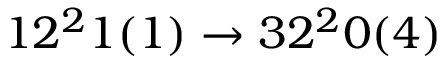
1 2 ^ { 2 } 1 ( 1 ) \rightarrow 3 2 ^ { 2 } 0 ( 4 )